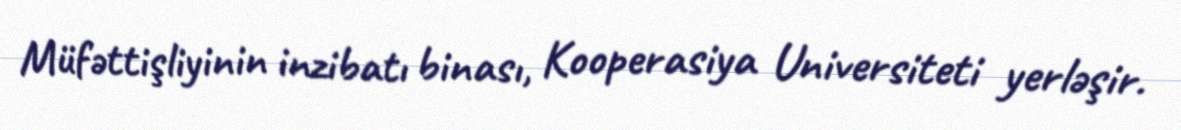
Müfəttişliyinin inzibatı binası, Kooperasiya Universiteti yerləşir.